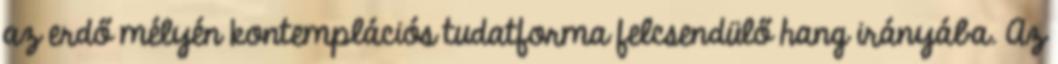
az erdő mélyén kontemplációs tudatforma felcsendülő hang irányába. Az